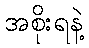
အစိုးရနဲ့